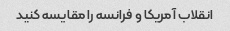
انقلاب آمریکا و فرانسه را مقایسه کنید